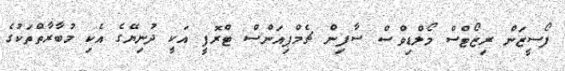
ފޯސީޒަން ރިޒޯޓްސް މޯލްޑިވްސް ސާފިން ޗެމްޕިއަންސް ޓްރޮފީ އަކީ ދުނިޔޭގެ އެކި މުބާރާތްތަކުގެ